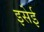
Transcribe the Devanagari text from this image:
इसेई